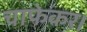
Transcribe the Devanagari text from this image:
चाफेकर।